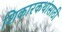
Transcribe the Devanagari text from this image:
शिकारकथांसाठी